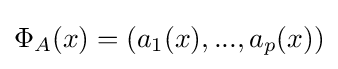
\Phi _{A}(x)=(a_{1}(x),...,a_{p}(x))